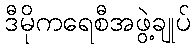
ဒီမိုကရေစီအဖွဲ့ချုပ်